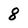
Character: 8